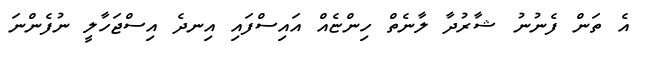
އެ ތަން ފެނުނު ޝާރުދާ ލާނެތް ހިންޏެއް އައިސްފައި އިނދެ އިސްޖަހާލީ ނުފެންނަ